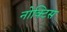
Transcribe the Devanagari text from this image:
नोक्टिस